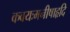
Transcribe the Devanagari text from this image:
कवयःमनीषाहृदि